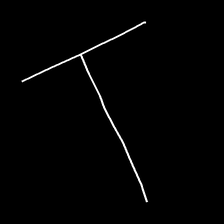
Glyph: column